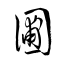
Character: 圃